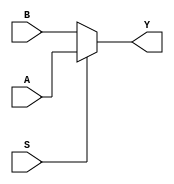
module mux2x1(Y,A,S,B);
 input A,B,S;
 output reg Y;
 always @(*)
	 begin
		 if(S)
			 Y=A;
		 else
			 Y=B;
	end
 endmodule